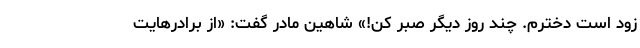
زود است دخترم. چند روز دیگر صبر کن!» شاهینِ مادر گفت: «از برادرهایت